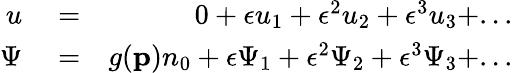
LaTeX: \begin{array}{rlr}{u}&{{}=}&{0+\epsilon u_{1}+\epsilon^{2}u_{2}+\epsilon^{3}u_{3}+...}\\ {\Psi}&{{}=}&{g(\mathbf{p})n_{0}+\epsilon\Psi_{1}+\epsilon^{2}\Psi_{2}+\epsilon^{3}\Psi_{3}+...}\end{array}